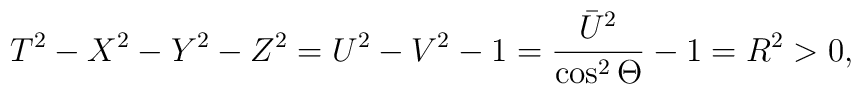
T^2-X^2-Y^2-Z^2=U^2-V^2-1=\frac {\bar U^2}{\cos ^2\Theta }-1=R^2>0,